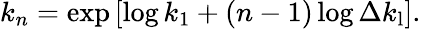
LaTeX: k_{n}=\exp\left[\log k_{1}+(n-1)\log\Delta k_{\mathrm{l}}\right].